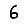
Digit: 6